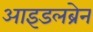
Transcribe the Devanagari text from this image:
आइडलब्रेन